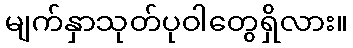
မျက်နှာသုတ်ပုဝါတွေရှိလား။